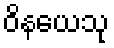
ဝိနယေသု